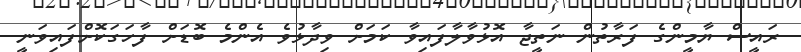
ރައީސް ޔާމީންގެ ފަރާތުން ނަތީޖާ އޮޅުވާލާފައިވާ ކަމަށް ވިދާޅުވެ އެންމެ ބޮޑަށް ފާހަގަކޮށްފައިވަނީ